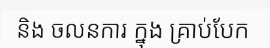
និង ចលនការ ក្នុង គ្រាប់បែក